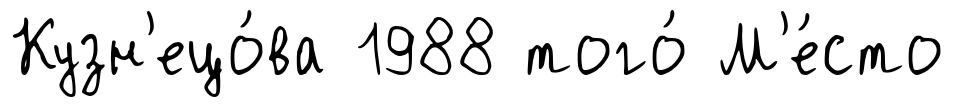
Кузн'ецо́ва 1988 того́ М'е́сто